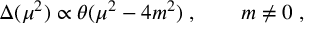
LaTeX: \Delta ( \mu ^ { 2 } ) \propto \theta ( \mu ^ { 2 } - 4 m ^ { 2 } ) \; , \qquad m \ne 0 \; ,